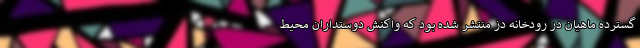
گسترده ماهیان در رودخانه دز منتشر شده بود که واکنش دوستداران محیط